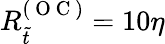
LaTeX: R_{\tilde{t}}^{(\mathrm{~O~C~})}=10\eta